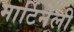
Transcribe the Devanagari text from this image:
मार्टिनेली